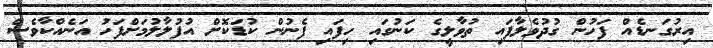
އިރުގަނޑެއް ފަހުން ގުދުވެލާފައި ތުވާލީގެ ކަނުގައި ހިފައި ފެނުން ކުޑަކޮށް އުފުލާލުމަށްފަހު އަނެއްކާވެސް